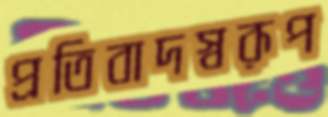
প্রতিবাদস্বরূপ